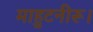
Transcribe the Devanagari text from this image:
माहुटनीरू।